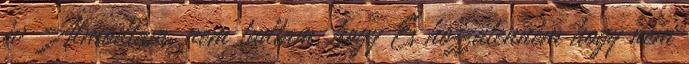
év Álmodtam. nem tudtam, hogy És hozzátenném hogy nem